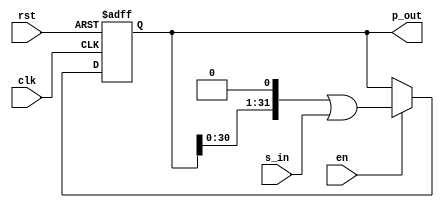
module iob_sipo_reg_are
  #(
    parameter DATA_W = 32
    )
   (

    input               clk,
    input               rst,
    input               en,

    //parallel input
    input               s_in,

    //serial output
    output [DATA_W-1:0] p_out
    );

   reg [DATA_W-1:0]  data_reg;
   
   always @(posedge clk, posedge rst)
     if(rst)
       data_reg <= 1'b0;
     else if (en)
       data_reg <= (data_reg<<1)|s_in;

   assign p_out = data_reg;
   
endmodule